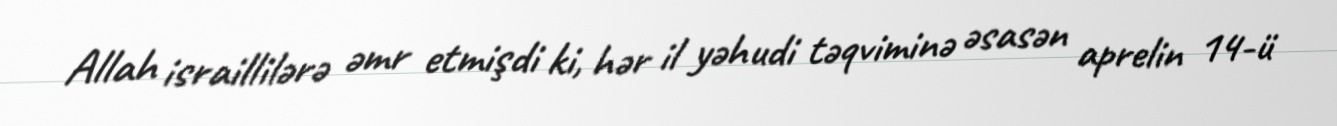
Allah israillilərə əmr etmişdi ki, hər il yəhudi təqviminə əsasən aprelin 14-ü